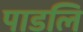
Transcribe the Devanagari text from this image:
पाडलि